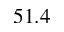
5 1 . 4